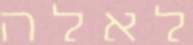
לאלה